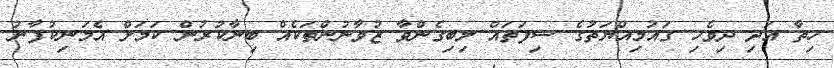
ހިތާ އަދި ދިވެހި ގައުމިއްޔަތުގެ ސިފަތައް ލިބިގެންވާ ޒުވާނުންތަކެއް ބިނާކުރުން ކަމަށް އެމަނިކުފާނު